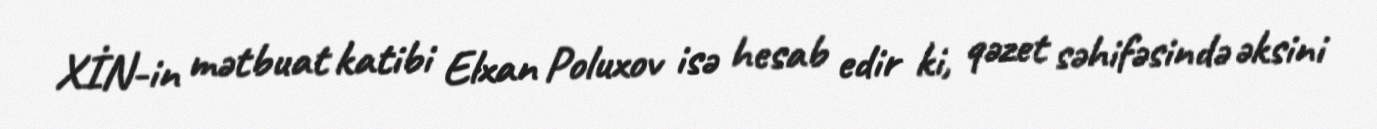
XİN-in mətbuat katibi Elxan Poluxov isə hesab edir ki, qəzet səhifəsində əksini